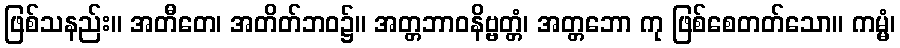
ဖြစ်သနည်း။ အတီတေ၊ အတိတ်ဘဝ၌။ အတ္တဘာဝနိဗ္ဗတ္တံ၊ အတ္တဘော ကု ဖြစ်စေတတ်သော။ ကမ္မံ၊